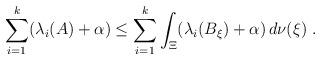
LaTeX: \begin{align*}\sum_{i=1}^k (\lambda_i(A)+\alpha)\leq \sum_{i=1}^k \int_\Xi (\lambda_i(B_\xi)+\alpha)\, d\nu(\xi)\ .\end{align*}